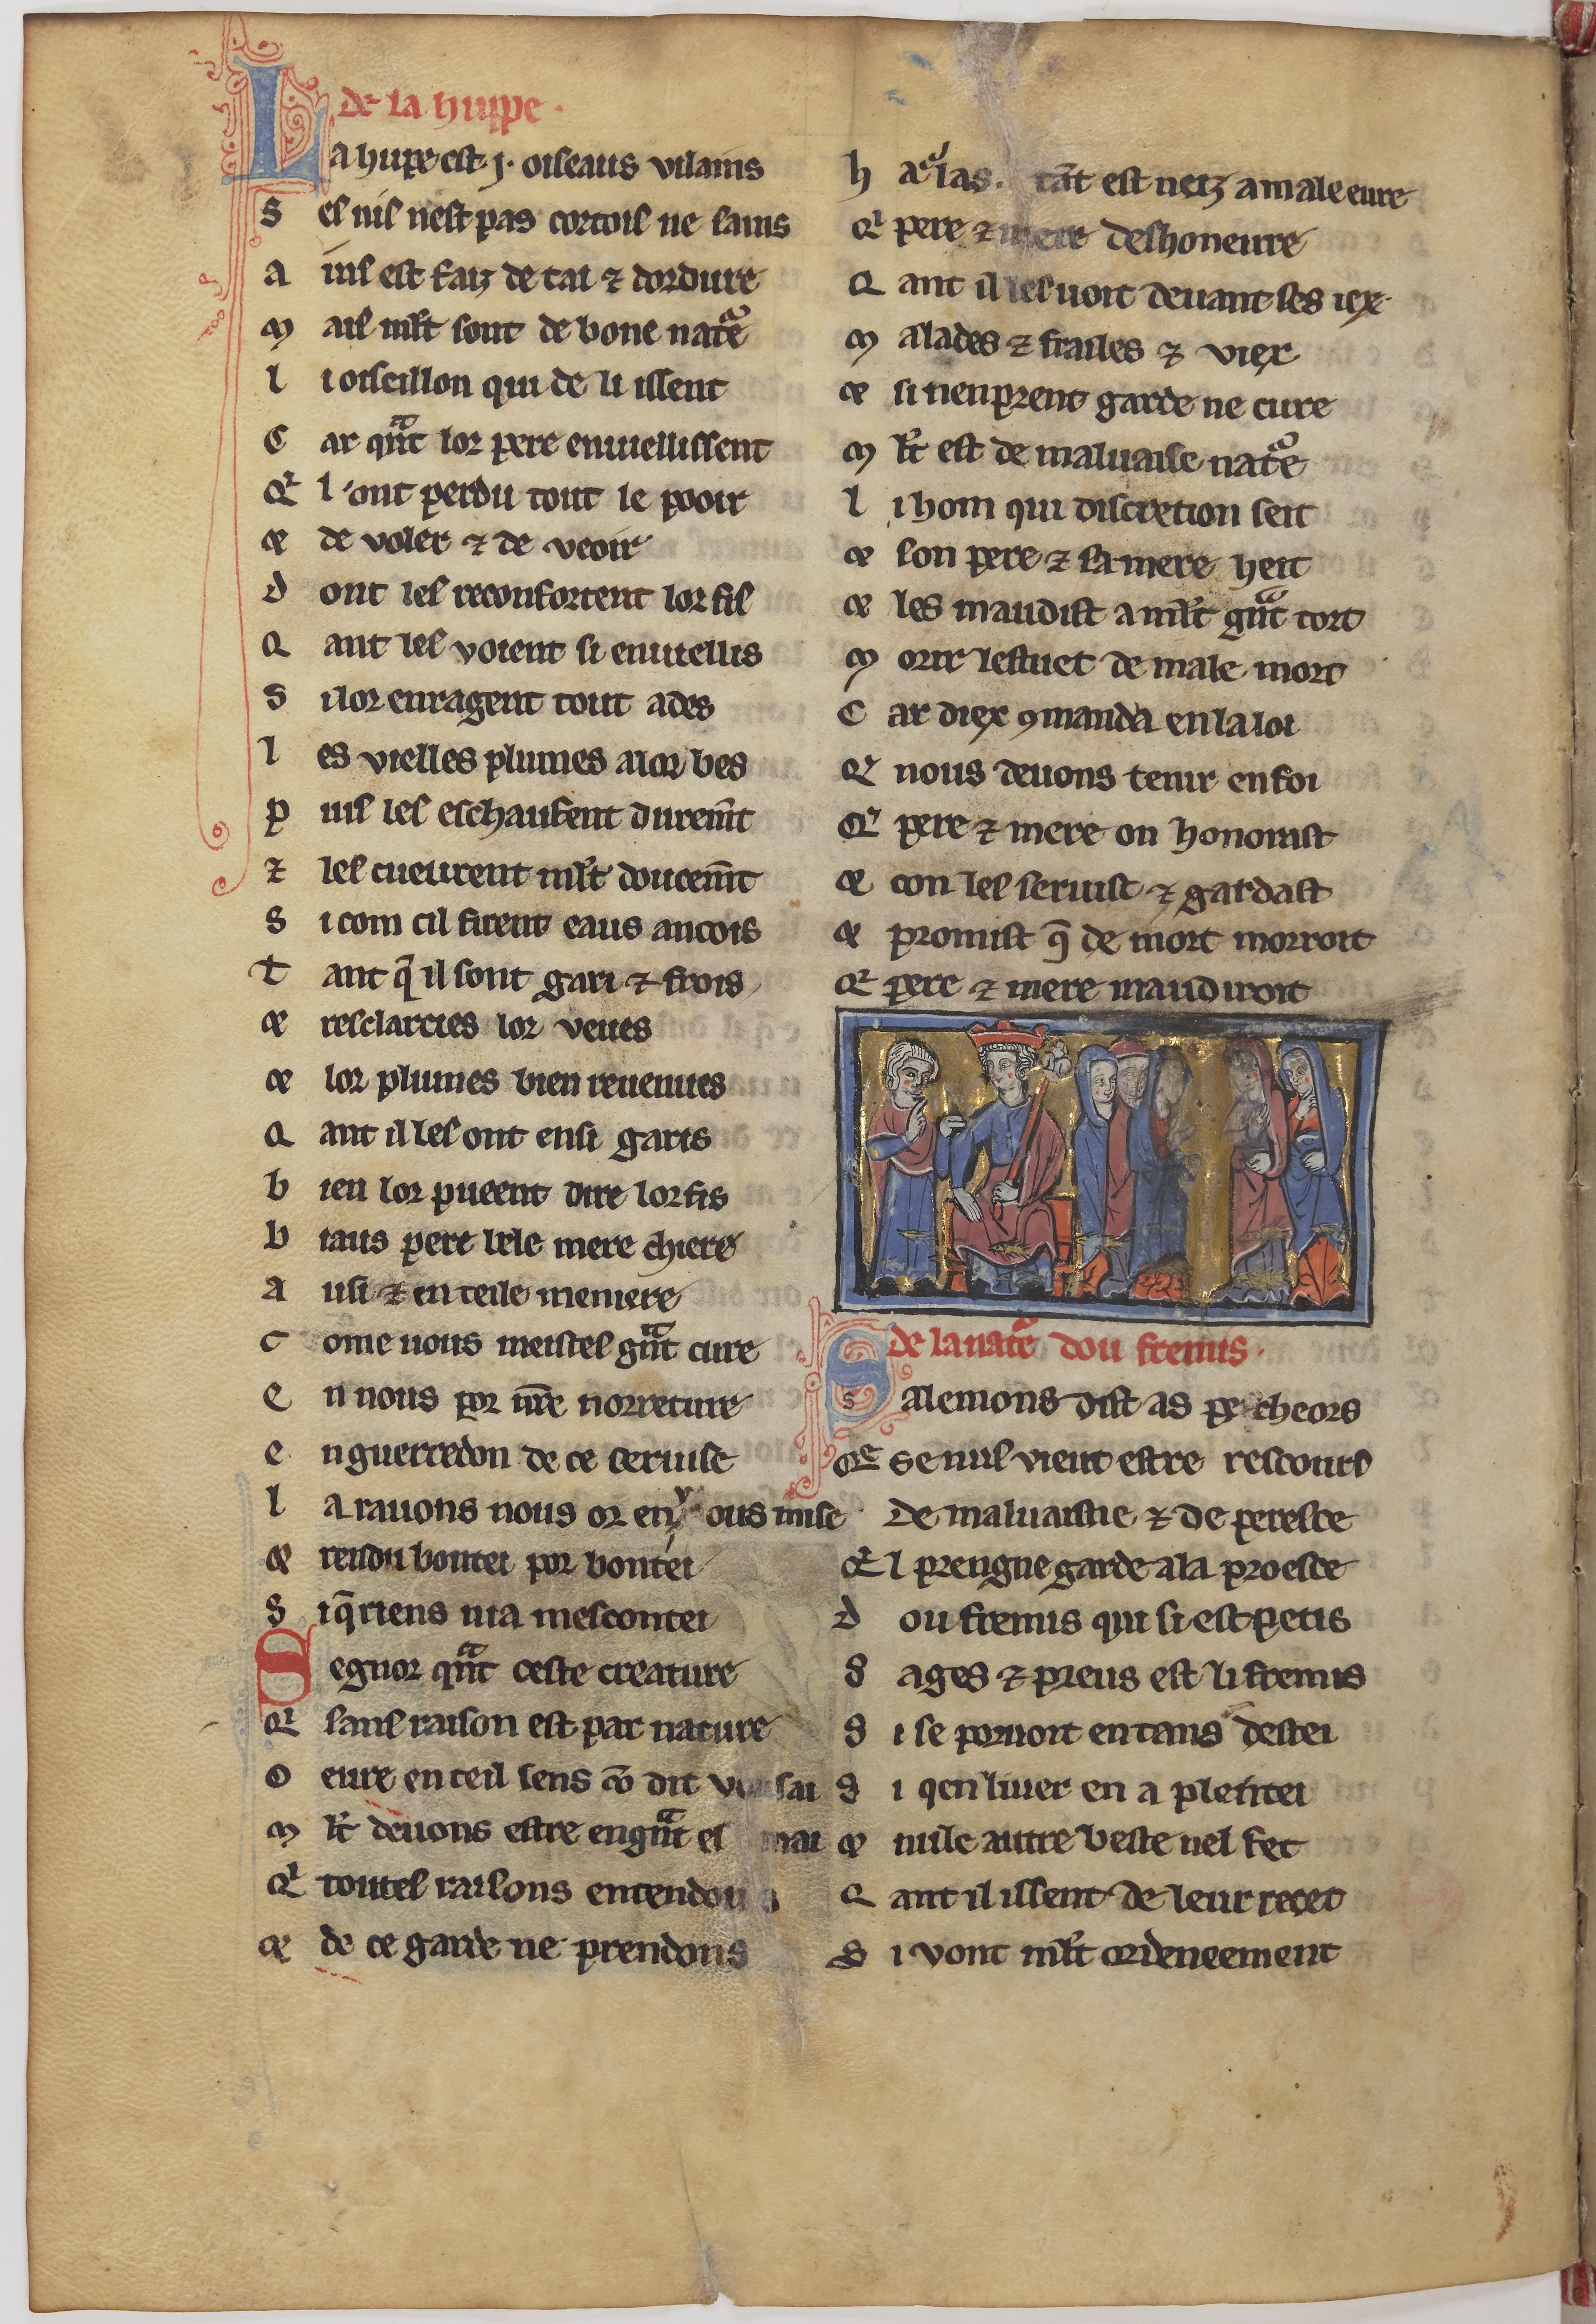
Shelfmark: Paris, BnF, fr. 24428
Century: 13